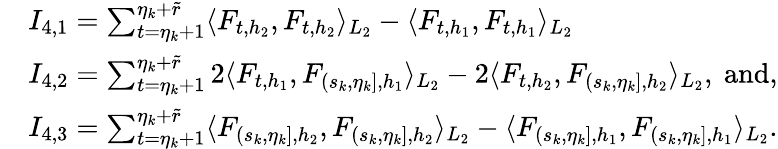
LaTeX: \begin{array}{rl}&{I_{4,1}=\sum_{t=\eta_{k}+1}^{\eta_{k}+\widetilde{r}}\langle F_{t,h_{2}},F_{t,h_{2}}\rangle_{L_{2}}-\langle F_{t,h_{1}},F_{t,h_{1}}\rangle_{L_{2}}\, }\\ &{I_{4,2}=\sum_{t=\eta_{k}+1}^{\eta_{k}+\widetilde{r}}2\langle F_{t,h_{1}},F_{(s_{k},\eta_{k}],{h_{1}}}\rangle_{L_{2}}-2\langle F_{t,h_{2}},F_{(s_{k},\eta_{k}],{h_{2}}}\rangle_{L_{2}},\ \mathrm{and},}\\ &{I_{4,3}=\sum_{t=\eta_{k}+1}^{\eta_{k}+\widetilde{r}}\langle F_{(s_{k},\eta_{k}],{h_{2}}},F_{(s_{k},\eta_{k}],{h_{2}}}\rangle_{L_{2}}-\langle F_{(s_{k},\eta_{k}],{h_{1}}},F_{(s_{k},\eta_{k}],{h_{1}}}\rangle_{L_{2}}.}\end{array}